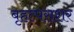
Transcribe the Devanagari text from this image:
बृहत्पराशर